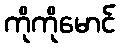
ကိုကိုမောင်